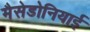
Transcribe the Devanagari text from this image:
मैसेडोनियाई